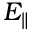
E _ { \| }